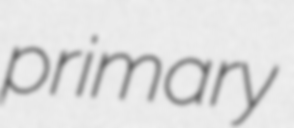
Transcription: primary